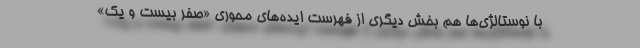
با نوستالژی‌ها هم بخش دیگری از فهرست ایده‌های محوری «صفر بیست و یک»